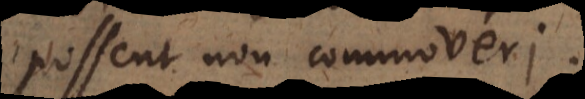
possent non commoveri.